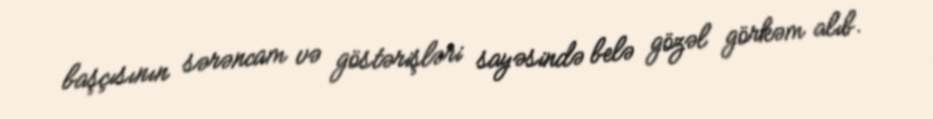
başçısının sərəncam və göstərişləri sayəsində belə gözəl görkəm alıb.